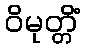
ဝိမုတ္တိံ